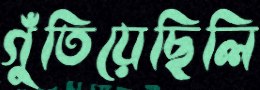
গুঁতিয়েছিলি